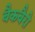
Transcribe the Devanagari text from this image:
बैकबैरो